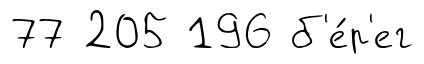
77 205 196 б'е́р'ег